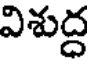
విశుద్ద